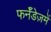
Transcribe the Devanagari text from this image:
फर्नॅंडेज़में